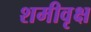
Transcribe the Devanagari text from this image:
शमीवृक्ष